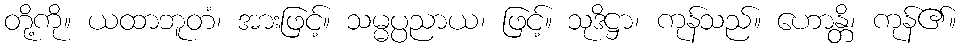
တို့ကို။ ယထာဘူတံ၊ အားဖြင့်။ သမ္မပ္ပညာယ၊ ဖြင့်။ သုဒိဋ္ဌာ၊ ကုန်သည်။ ဟောန္တိ၊ ကုန်၏။